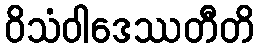
ဝိသံဝါဒေဿတီတိ